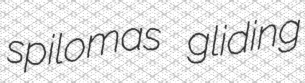
spilomas gliding